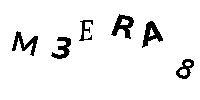
M3ERA8